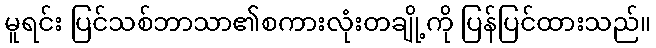
မူရင်း ပြင်သစ်ဘာသာ၏စကားလုံးတချို့ကို ပြန်ပြင်ထားသည်။